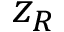
z _ { R }